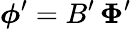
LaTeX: \boldsymbol\phi^{\prime}=B^{\prime}\, \boldsymbol\Phi^{\prime}